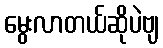
မွေးလာတယ်ဆိုပဲဗျ